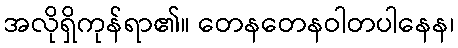
အလိုရှိကုန်ရာ၏။ တေနတေနဝါတပါနေန၊